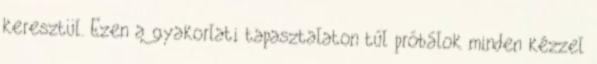
keresztül. Ezen a gyakorlati tapasztalaton túl próbálok minden kézzel